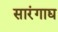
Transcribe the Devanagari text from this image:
सारंगाद्य